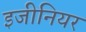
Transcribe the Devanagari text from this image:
इजीनियर